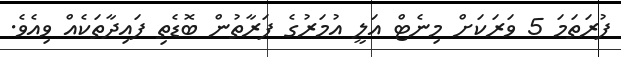
ފުރަތަމަ 5 ވަރަކަށް މިނެޓް އަލީ އުމަރުގެ ފަރާތުން ބޮޑެތި ފައިދާތަކެއް ވިއެވެ.